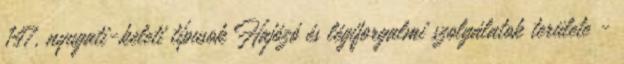
147, nyugati-keleti típusok Hajózó és légiforgalmi szolgálatok területe -